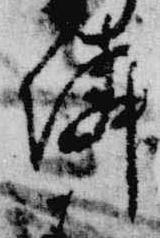
隣